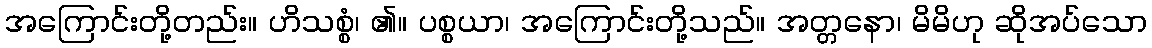
အကြောင်းတို့တည်း။ ဟိသစ္စံ၊ ၏။ ပစ္စယာ၊ အကြောင်းတို့သည်။ အတ္တနော၊ မိမိဟု ဆိုအပ်သော